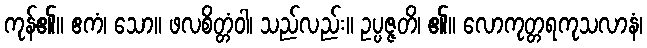
ကုန်၏။ ဧကံ၊ သော။ ဖလစိတ္တံဝါ၊ သည်လည်း။ ဥပ္ပဇ္ဇတိ၊ ၏။ လောကုတ္တရကုသလာနံ၊